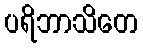
ပရိဘာသိတေ